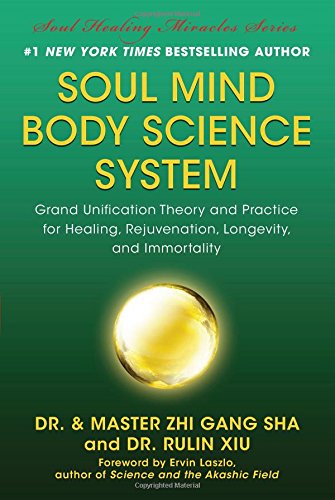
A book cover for Soul Mind Body Science System: Grand Unification Theory and Practice for Healing, Rejuvenation, Longevity, and Immortality; Zhi Gang Sha; Science & Math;